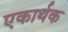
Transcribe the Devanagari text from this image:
एकार्थक